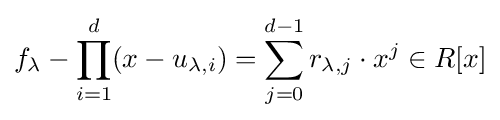
f_{\lambda }-\prod _{i=1}^{d}(x-u_{\lambda ,i})=\sum _{j=0}^{d-1}r_{\lambda ,j}\cdot x^{j}\in R[x]